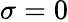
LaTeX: \sigma=0